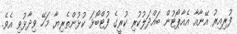
ފުރިއިރު އޭނާއާ އެއާޕޯޓުން ބައްދަލުކުރި ކުރީގެ ފުޓްބޯޅަ ކުޅުންތެރިޔާ މަހޭ ވިދާޅުވި އެވެ.